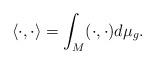
LaTeX: \begin{align*}\langle \cdot,\cdot\rangle=\int_M (\cdot,\cdot)d\mu_g.\end{align*}